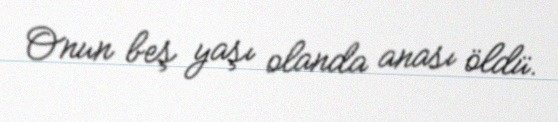
Onun beş yaşı olanda anası öldü.